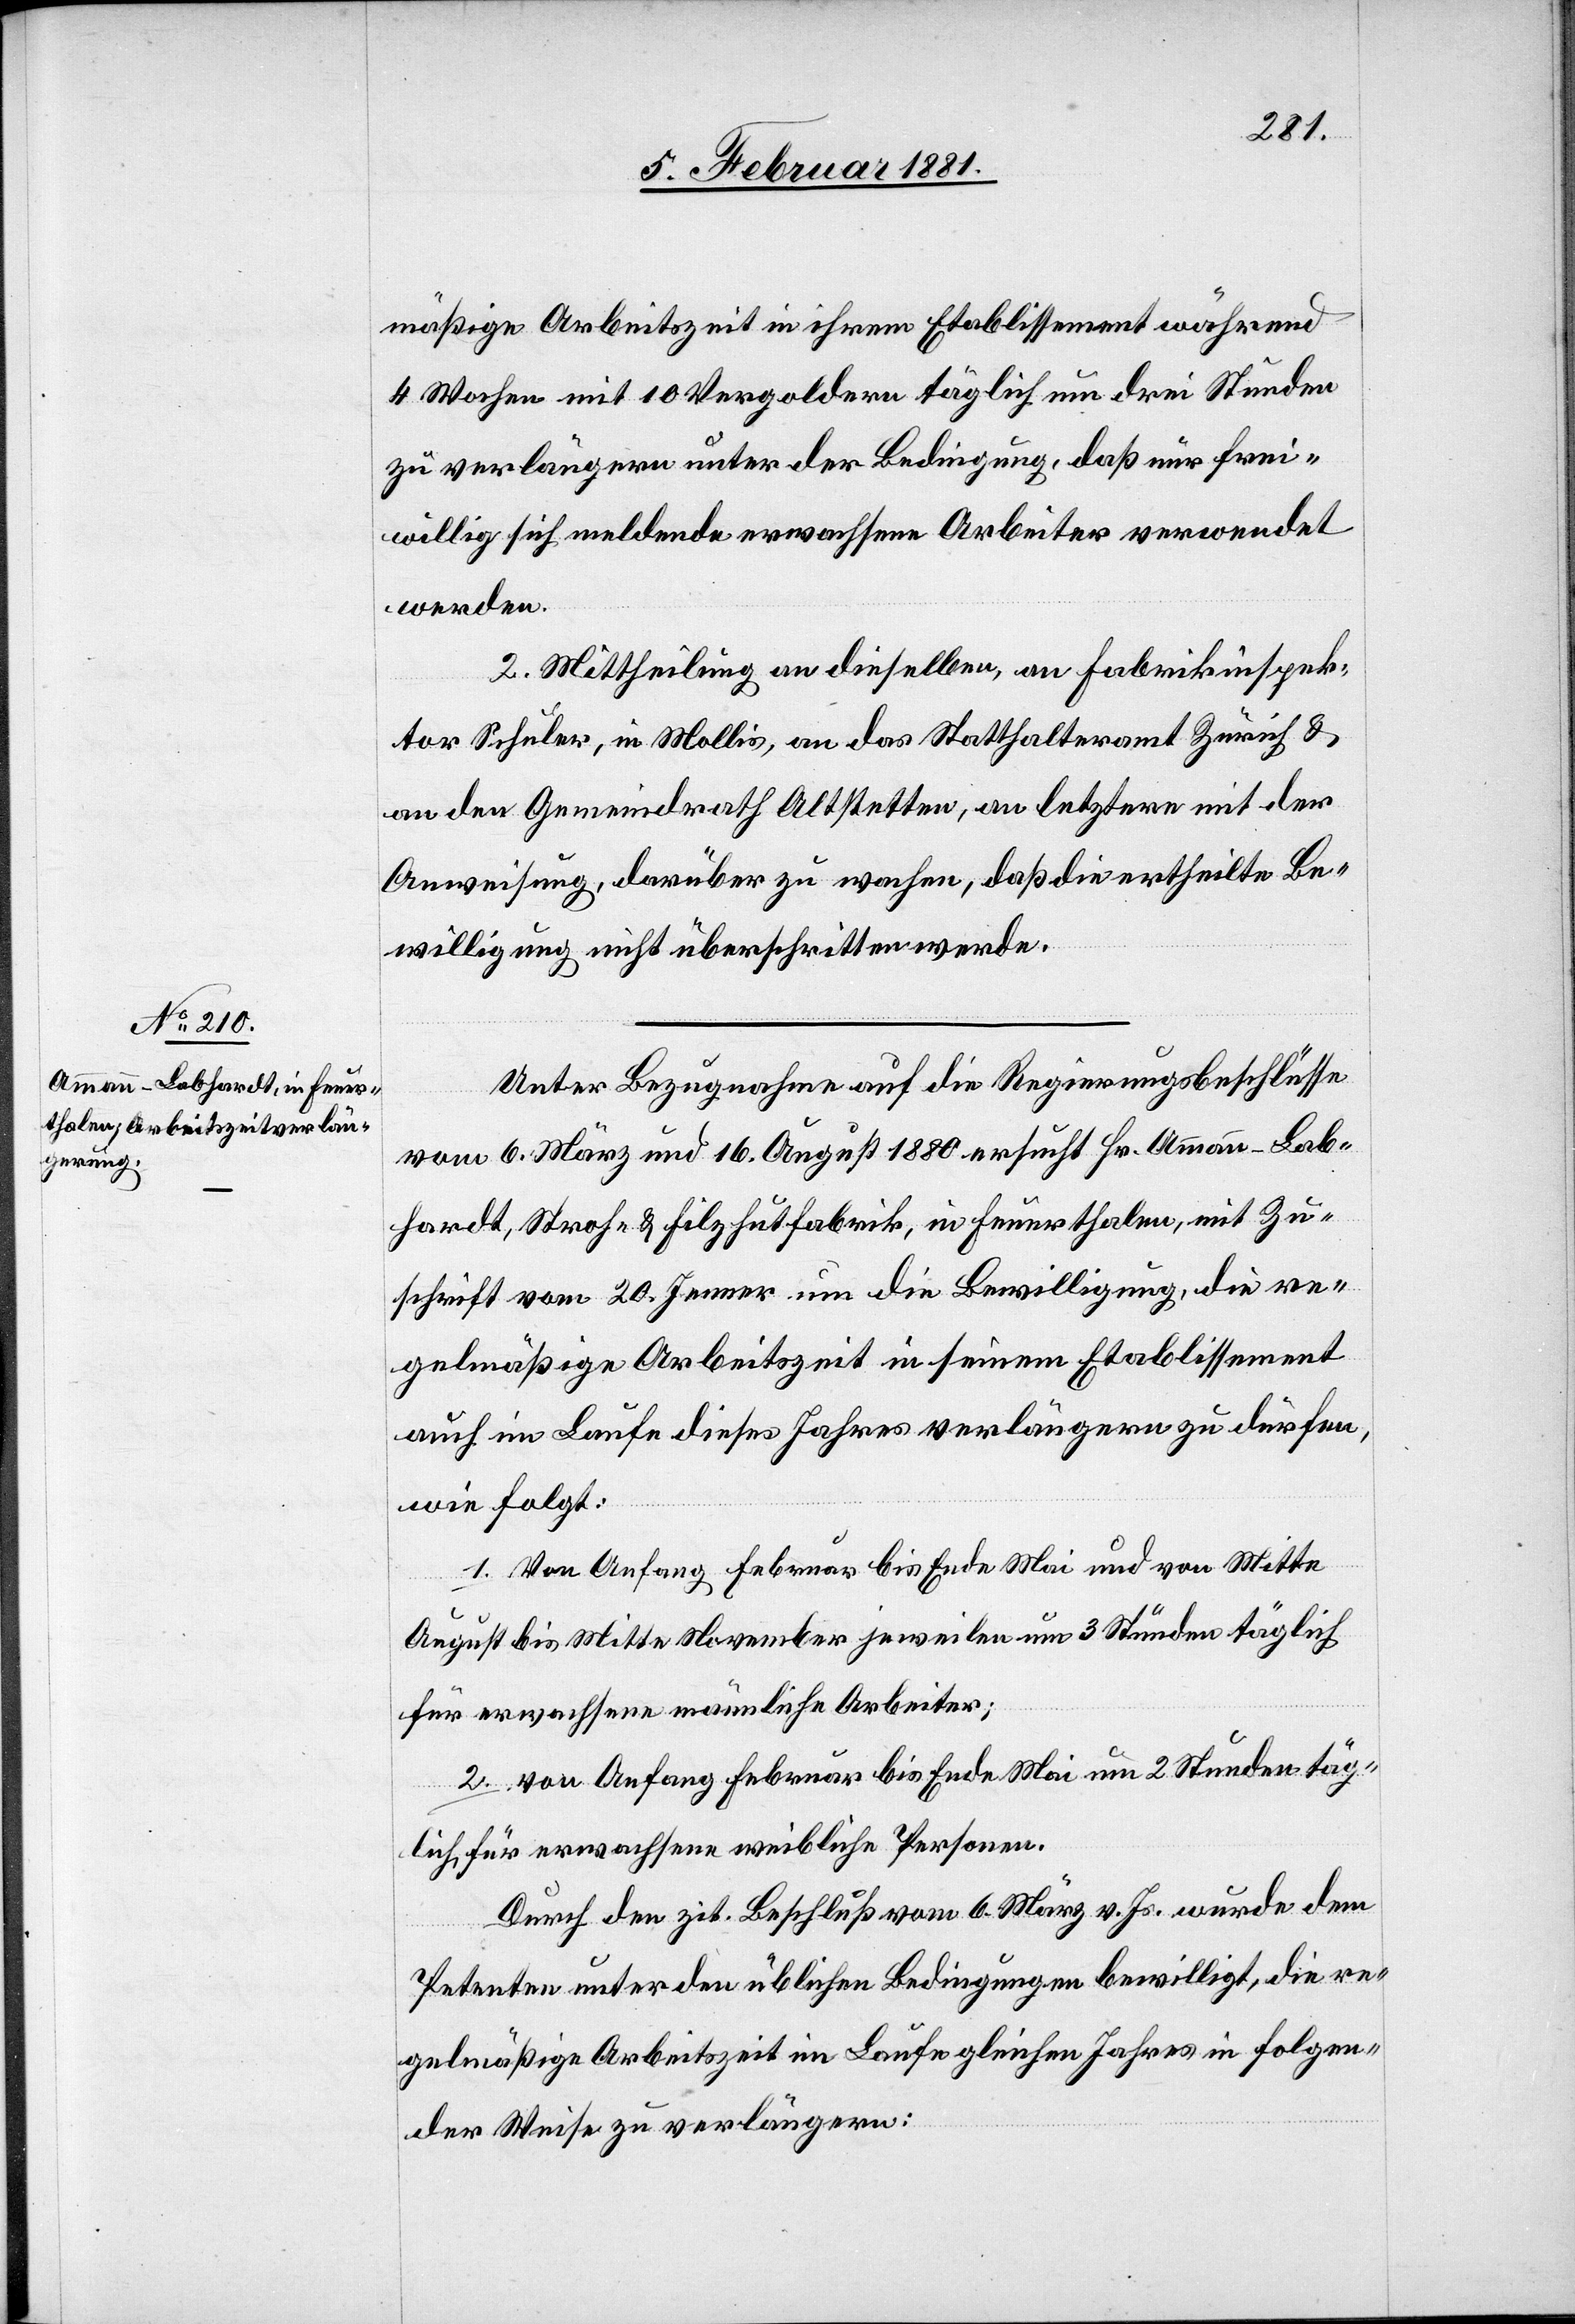
mäßige Arbeitszeit in ihrem Etablissement während
4 Wochen mit 10 Vergoldern täglich um drei Stunden
zu verlängern unter der Bedingung, daß nur frei¬
willig sich meldende erwachsene Arbeiter verwendet
werden.
2. Mittheilung an dieselben, an Fabrikinspek¬
tor Schuler, in Mollis, an das Statthalteramt Zürich &
an den Gemeindrath Altstetten, an letztere mit der
Anweisung, darüber zu wachen, daß die ertheilte Be¬
willigung nicht überschritten werde.
Unter Bezugnahme auf die Regierungsbeschlüsse
vom 6. März und 16. August 1880 ersucht Hr. Ammann-Lab¬
hardt, Stroh- & Filzhutfabrik, in Feuerthalen, mit Zu¬
schrift vom 20. Jenner um die Bewilligung, die re¬
gelmäßige Arbeitszeit in seinem Etablissement
auch im Laufe dieses Jahres verlängern zu dürfen,
wie folgt:
1. Von Anfang Februar bis Ende Mai und von Mitte
August bis Mitte November jeweilen um 3 Stunden täglich
für erwachsene männliche Arbeiter;
2. von Anfang Februar bis Ende um 2 Stunden täg¬
lich für erwachsene weibliche Personen.
Durch den zit. Beschluß vom 6. März v. Js. wurde dem
Petenten unter den üblichen Bedingungen bewilligt, die re¬
gelmäßige Arbeitszeit im Laufe gleichen Jahres in folgen¬
der Weise zu verlängern: